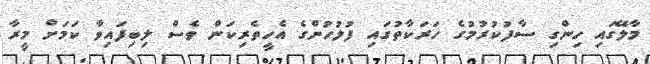
މާލޭގައި ހިންގި ސާފުކުރުމުގެ ހަރަކާތުގައި ފުލުހުންގެ އެހީތެރިކަން ވެސް ލިބިފައިވާ ކަމަށް މީރާ